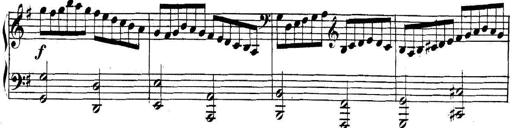
Title: Collected Piano Sonatas
Composer: Muzio Clementi